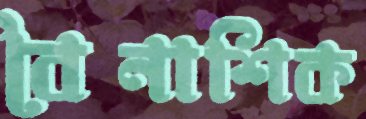
বৈনাশিক